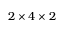
2 \times 4 \times 2